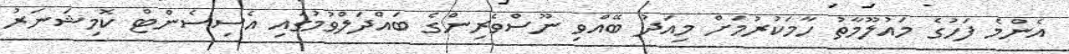
އެންމެ ފަހުގެ މައުލޫމާތު ހާމަކުރުމަށް މިއަދު ބޭއްވި ނޫސްވެރިންގެ ބައްދަލްވުމުގައި އެސިސެންޓް ކޮމިޝަނަރު